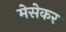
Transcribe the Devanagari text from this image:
मेसेकर